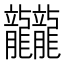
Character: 龖